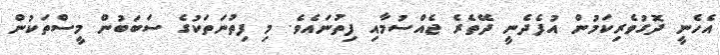
އެހެނީ ދޮގުވެރިކަމުން އުފެދެނީ ދޭތެރެ ޖެއްސުމާއި ފިތުނައެވެ. މި ފިތުނަތަކުގެ ސަބަބުން މީސްތަކުން